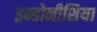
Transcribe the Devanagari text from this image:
इन्डोनीशिया